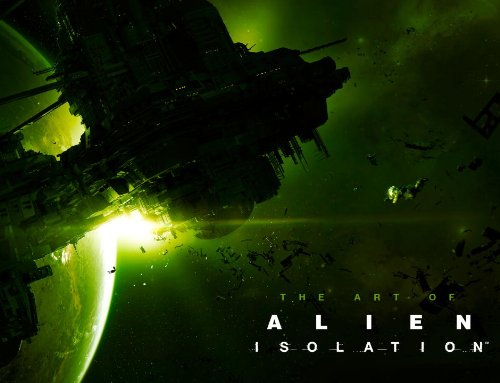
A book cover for The Art of Alien: Isolation; Andy McVittie; Arts & Photography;